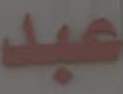
عبد